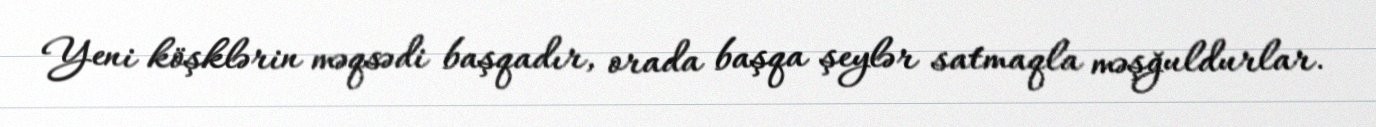
Yeni köşklərin məqsədi başqadır, orada başqa şeylər satmaqla məşğuldurlar.